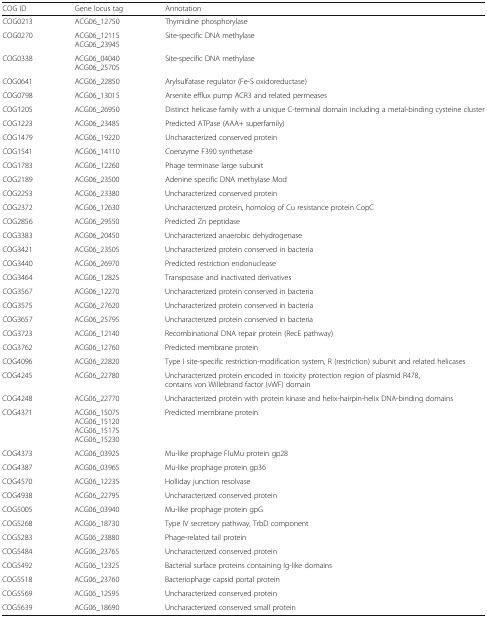
<table><thead><tr><td><b>COG ID</b></td><td><b>Gene locus tag</b></td><td><b>Annotation</b></td></tr></thead><tbody><tr><td>COG0213</td><td>ACG06_12750</td><td>Thymidine phosphorylase</td></tr><tr><td>COG0270</td><td>ACG06_12115ACG06_23945</td><td>Site-specific DNA methylase</td></tr><tr><td>COG0338</td><td>ACG06_04040ACG06_25705</td><td>Site-specific DNA methylase</td></tr><tr><td>COG0641</td><td>ACG06_22850</td><td>Arylsulfatase regulator (Fe-S oxidoreductase)</td></tr><tr><td>COG0798</td><td>ACG06_13015</td><td>Arsenite efflux pump ACR3 and related permeases</td></tr><tr><td>COG1205</td><td>ACG06_26950</td><td>Distinct helicase family with a unique C-terminal domain including a metal-binding cysteine cluster</td></tr><tr><td>COG1223</td><td>ACG06_23485</td><td>Predicted ATPase (AAA+ superfamily)</td></tr><tr><td>COG1479</td><td>ACG06_19220</td><td>Uncharacterized conserved protein</td></tr><tr><td>COG1541</td><td>ACG06_14110</td><td>Coenzyme F390 synthetase</td></tr><tr><td>COG1783</td><td>ACG06_12260</td><td>Phage terminase large subunit</td></tr><tr><td>COG2189</td><td>ACG06_23500</td><td>Adenine specific DNA methylase Mod</td></tr><tr><td>COG2253</td><td>ACG06_23380</td><td>Uncharacterized conserved protein</td></tr><tr><td>COG2372</td><td>ACG06_12630</td><td>Uncharacterized protein, homolog of Cu resistance protein CopC</td></tr><tr><td>COG2856</td><td>ACG06_29550</td><td>Predicted Zn peptidase</td></tr><tr><td>COG3383</td><td>ACG06_20450</td><td>Uncharacterized anaerobic dehydrogenase</td></tr><tr><td>COG3421</td><td>ACG06_23505</td><td>Uncharacterized protein conserved in bacteria</td></tr><tr><td>COG3440</td><td>ACG06_26970</td><td>Predicted restriction endonuclease</td></tr><tr><td>COG3464</td><td>ACG06_12825</td><td>Transposase and inactivated derivatives</td></tr><tr><td>COG3567</td><td>ACG06_12270</td><td>Uncharacterized protein conserved in bacteria</td></tr><tr><td>COG3575</td><td>ACG06_27620</td><td>Uncharacterized protein conserved in bacteria</td></tr><tr><td>COG3657</td><td>ACG06_25795</td><td>Uncharacterized protein conserved in bacteria</td></tr><tr><td>COG3723</td><td>ACG06_12140</td><td>Recombinational DNA repair protein (RecE pathway)</td></tr><tr><td>COG3762</td><td>ACG06_12760</td><td>Predicted membrane protein</td></tr><tr><td>COG4096</td><td>ACG06_22820</td><td>Type I site-specific restriction-modification system, R (restriction) subunit and related helicases</td></tr><tr><td>COG4245</td><td>ACG06_22780</td><td>Uncharacterized protein encoded in toxicity protection region of plasmid R478, contains von Willebrand factor (vWF) domain</td></tr><tr><td>COG4248</td><td>ACG06_22770</td><td>Uncharacterized protein with protein kinase and helix-hairpin-helix DNA-binding domains</td></tr><tr><td>COG4371</td><td>ACG06_15075ACG06_15120ACG06_15175ACG06_15230</td><td>Predicted membrane protein</td></tr><tr><td>COG4373</td><td>ACG06_03925</td><td>Mu-like prophage FluMu protein gp28</td></tr><tr><td>COG4387</td><td>ACG06_03965</td><td>Mu-like prophage protein gp36</td></tr><tr><td>COG4570</td><td>ACG06_12235</td><td>Holliday junction resolvase</td></tr><tr><td>COG4938</td><td>ACG06_22795</td><td>Uncharacterized conserved protein</td></tr><tr><td>COG5005</td><td>ACG06_03940</td><td>Mu-like prophage protein gpG</td></tr><tr><td>COG5268</td><td>ACG06_18730</td><td>Type IV secretory pathway, TrbD component</td></tr><tr><td>COG5283</td><td>ACG06_23880</td><td>Phage-related tail protein</td></tr><tr><td>COG5484</td><td>ACG06_23765</td><td>Uncharacterized conserved protein</td></tr><tr><td>COG5492</td><td>ACG06_12325</td><td>Bacterial surface proteins containing Ig-like domains</td></tr><tr><td>COG5518</td><td>ACG06_23760</td><td>Bacteriophage capsid portal protein</td></tr><tr><td>COG5569</td><td>ACG06_12595</td><td>Uncharacterized conserved protein</td></tr><tr><td>COG5639</td><td>ACG06_18690</td><td>Uncharacterized conserved small protein</td></tr></tbody></table>